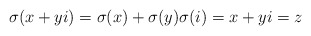
\begin{align*}\sigma(x+yi) = \sigma(x)+\sigma(y) \sigma(i) = x+yi = z \end{align*}